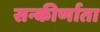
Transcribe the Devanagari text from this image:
सन्कीर्णाता